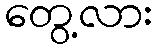
တွေ့လား